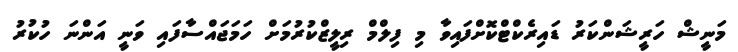
މަނީޝް ހަރީޝަންކަރު ޑައިރެކްޓްކޮށްފައިވާ މި ފިލްމް ރިލީޒްކުރުމަށް ހަމަޖައްސާފައި ވަނީ އަންނަ ހުކުރު